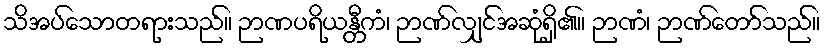
သိအပ်သောတရားသည်။ ဉာဏပရိယန္တီကံ၊ ဉာဏ်လျှင်အဆုံရှိ၏။ ဉာဏံ၊ ဉာဏ်တော်သည်။